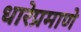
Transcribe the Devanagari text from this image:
धारेप्रमाणे